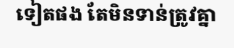
ទៀតផង តែមិនទាន់ត្រូវគ្នា